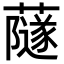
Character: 𧁂